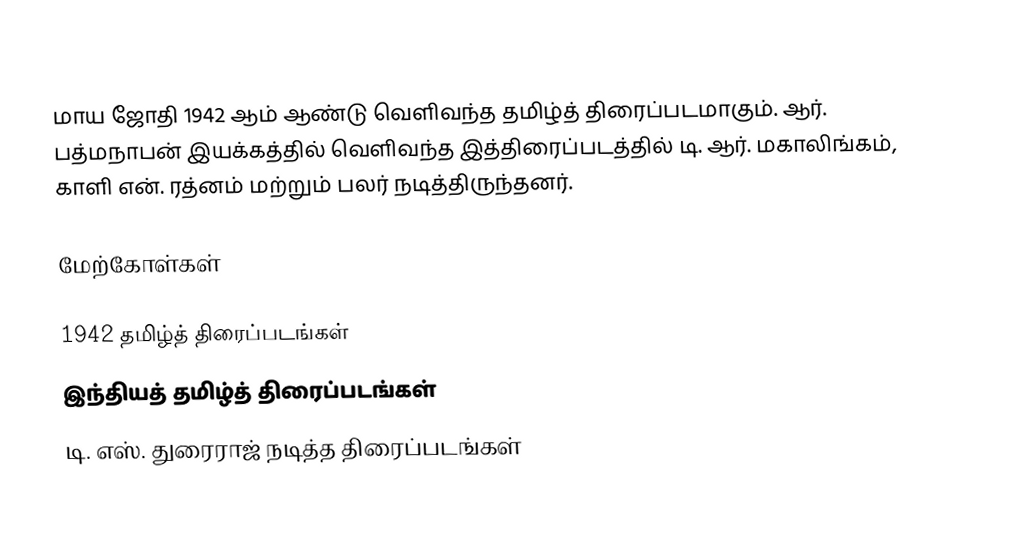
மாய ஜோதி 1942 ஆம் ஆண்டு வெளிவந்த தமிழ்த் திரைப்படமாகும். ஆர். பத்மநாபன் இயக்கத்தில் வெளிவந்த இத்திரைப்படத்தில் டி. ஆர். மகாலிங்கம், காளி என். ரத்னம் மற்றும் பலர் நடித்திருந்தனர்.

மேற்கோள்கள்

1942 தமிழ்த் திரைப்படங்கள்
இந்தியத் தமிழ்த் திரைப்படங்கள்
டி. எஸ். துரைராஜ் நடித்த திரைப்படங்கள்